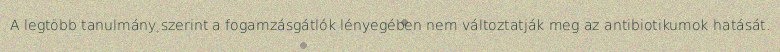
A legtöbb tanulmány szerint a fogamzásgátlók lényegében nem változtatják meg az antibiotikumok hatását.